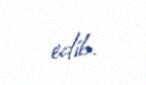
edib.